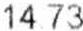
14.73